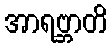
အာရဗ္ဘာတိ